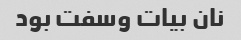
نان بیات وسفت بود